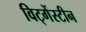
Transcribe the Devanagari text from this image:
विट्गेंस्टीन